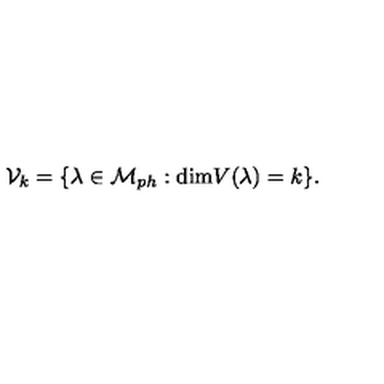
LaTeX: { \cal V } _ { k } = \{ \lambda \in { \cal M } _ { p h } : \mathrm { d i m } V ( \lambda ) = k \} .